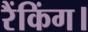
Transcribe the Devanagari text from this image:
रैंकिंग।